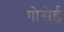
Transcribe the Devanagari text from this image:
गोसेई